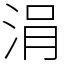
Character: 涓